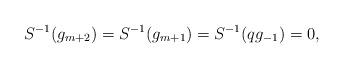
LaTeX: \begin{align*} S^{-1}(g_{m+2})=S^{-1}(g_{m+1})=S^{-1}(qg_{-1})=0,\end{align*}